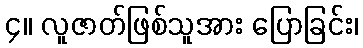
၄။ လူဇာတ်ဖြစ်သူအား ပြောခြင်း၊